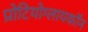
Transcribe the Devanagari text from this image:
प्रोटियोग्लायकॉन